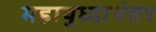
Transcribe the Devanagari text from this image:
महायुध्दानंतर